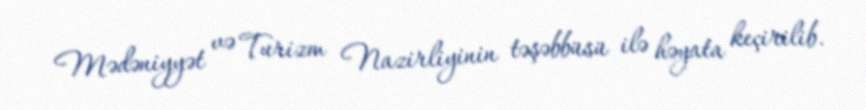
Mədəniyyət və Turizm Nazirliyinin təşəbbüsü ilə həyata keçirilib.